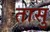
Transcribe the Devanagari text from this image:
तासु